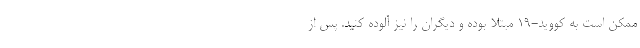
ممکن است به کووید-19 مبتلا بوده و دیگران را نیز آلوده کنید. پس از